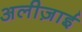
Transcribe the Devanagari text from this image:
अलीज़ाई